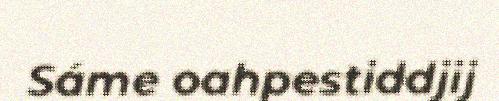
Sáme oahpestiddjij